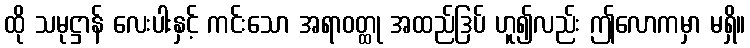
ထို သမုဋ္ဌာန် လေးပါးနှင့် ကင်းသော အရာဝတ္ထု အထည်ဒြပ် ဟူ၍လည်း ဤလောကမှာ မရှိ။